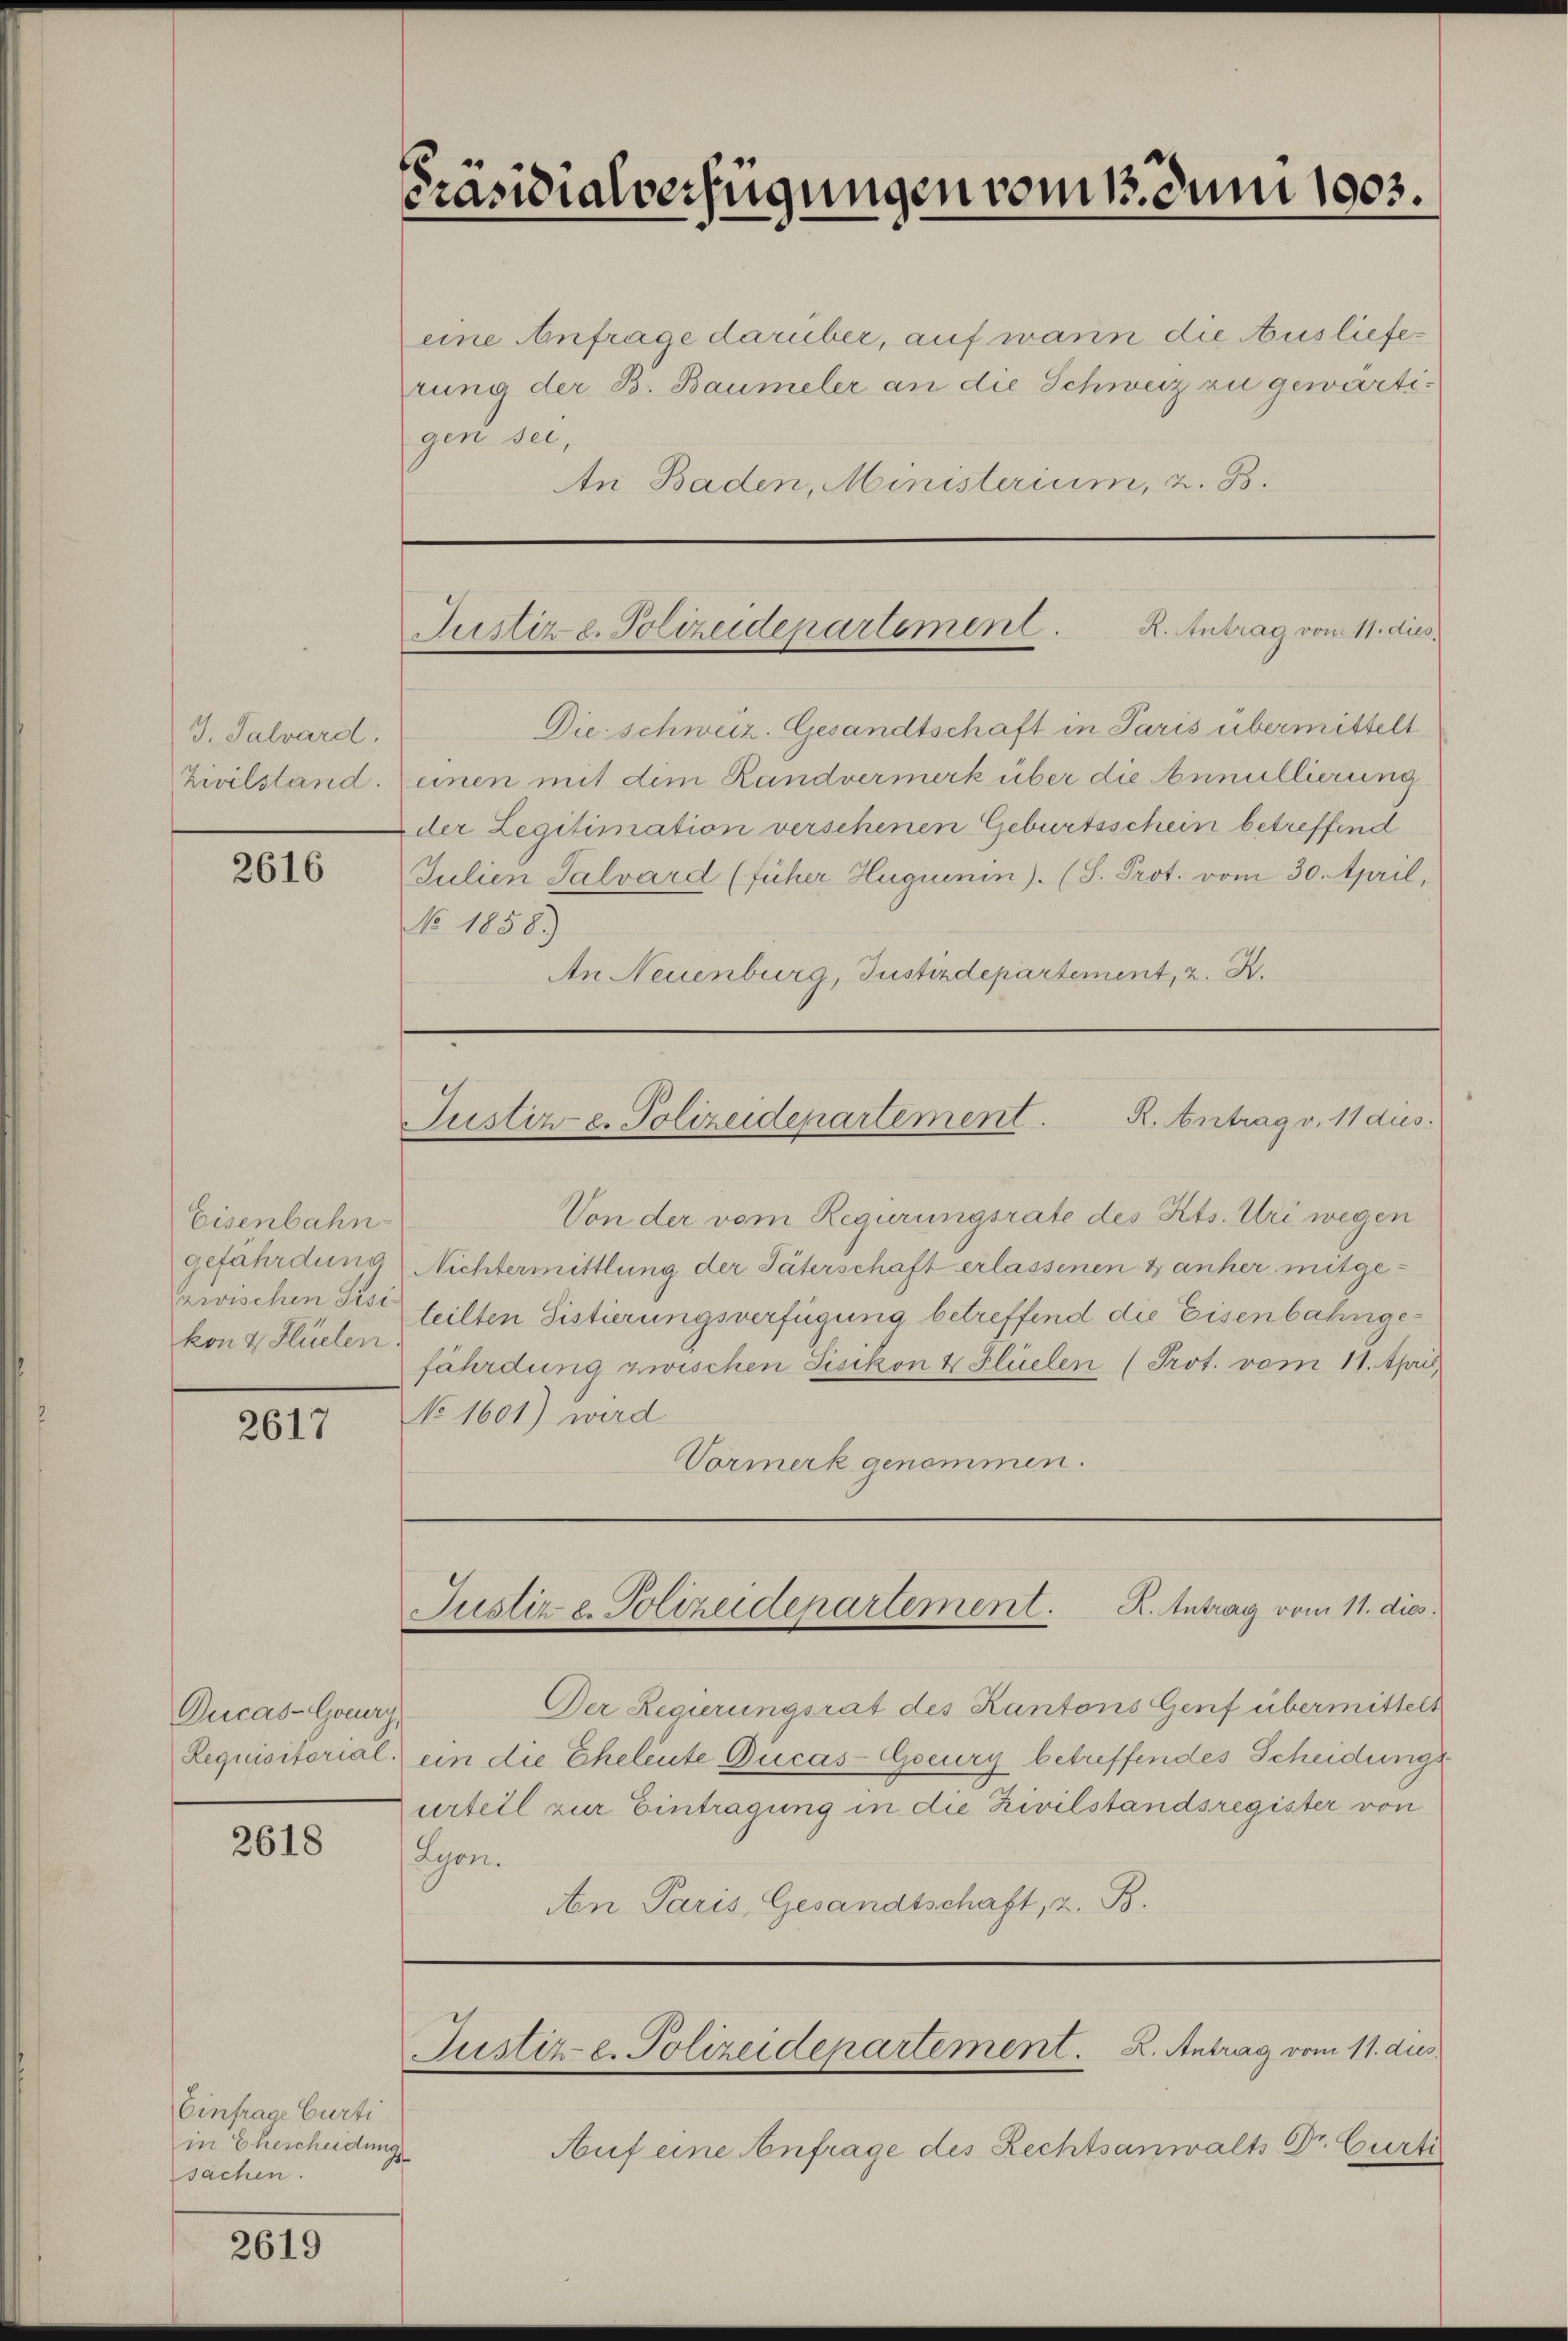
J. Salvard.
Zivilstand.

2616

Eisenbahn-
zwischen Pisikon & Flüelen

2617

Ducas-Goury,
Requisitorial.

2618

Einfrage Curti
in Ehescheidung
sachen.

2619

Präsidialverfügungen vom 13. Juni 1903.

eine Anfrage darüber, auf wann die Auslieferung der B. Baumeler an die Schweiz zu gewärtigen sei,
An Baden, Ministerium, z. B.

R. Antrag vom 11. dies
Justiz e. Polizeidepartement.

Die schweiz. Gesandtschaft in Paris übermittelt
einen mit dem Randvermerk über die Annullierung
der Legitimation verschenen Geburtsschein betreffend
Julien Salvard (füher Huguenin). (S. Prot. vom 30. April,
No. 1858.)
An Neuenburg, Justizdepartement, 2. X.

R. Antrag v. 11 dies
Justiz e. Polizeidepartement.

Von der vom Regurungsrate des Kts. Uri wegen
gefährdung Nichtermittlung der Täterschaft erlassenen & anher mitge-
teilten Fistierungsverfügung betreffend die Eisenbahngefährdung zwischen Sisikon & Flüelen (Prot. vom 11. April,
No 1601) wird
Vormerk genommen.

R. Antrag vom 11. dies
Justiz u. Polizeidenartement.
e

Der Regierungsrat des Kantons Genf übermittelt
ein die Eheleute Ducas-Goeury betreffendes Scheidungs
urteil zur Eintragung in die Zivilstandsregister von
Lyon.
An Paris, Gesandtschaft, z. B.

Justize. Polizeidepartement. R. Antrag vom 11. dus.

Auf eine Anfrage des Rechtsanwalts Dr. Curti